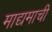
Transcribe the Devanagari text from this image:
माद्यमाची